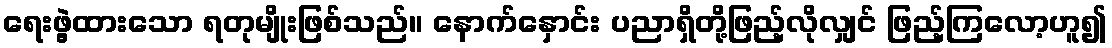
ရေးဖွဲ့ထားသော ရတုမျိုးဖြစ်သည်။ နောက်နှောင်း ပညာရှိတို့ဖြည့်လိုလျှင် ဖြည့်ကြလော့ဟူ၍